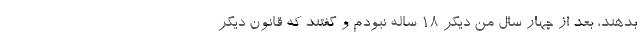
بدهند، بعد از چهار سال من ديگر ۱۸ ساله نبودم و گفتند كه قانون ديگر